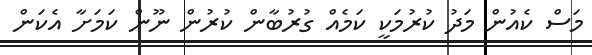
މަސް ކެއުން މަދު ކުރުމަކީ ކަމެއް ގުރުބާން ކުރުން ނޫން ކަމަށާ އެކަން